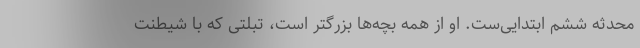
محدثه ششم ابتدایی‌ست. او از همه بچه‌ها بزرگتر است، تبلتی که با شیطنت